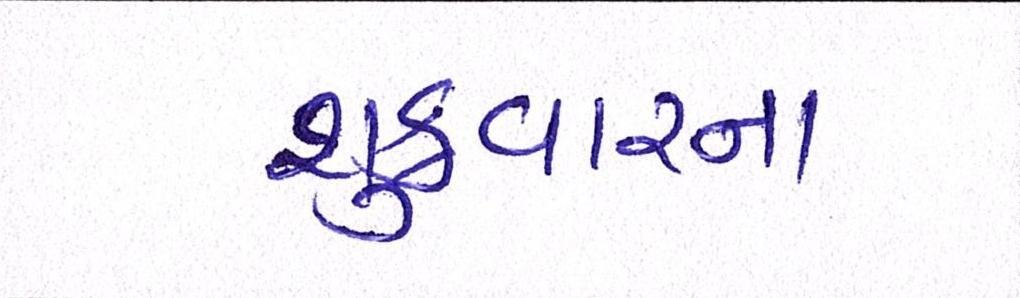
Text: શુક્રવારના